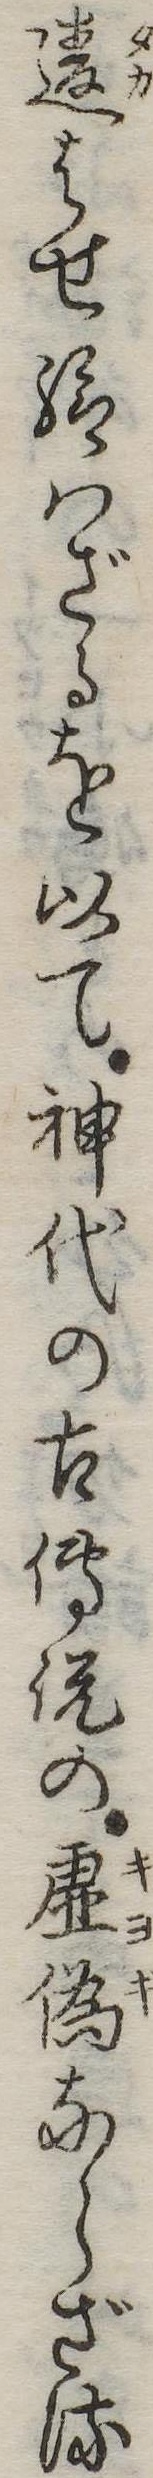
違はせ給はざるを以て神代の古伝説の虚偽ならざる